Leaving Certificate Examination, 1903
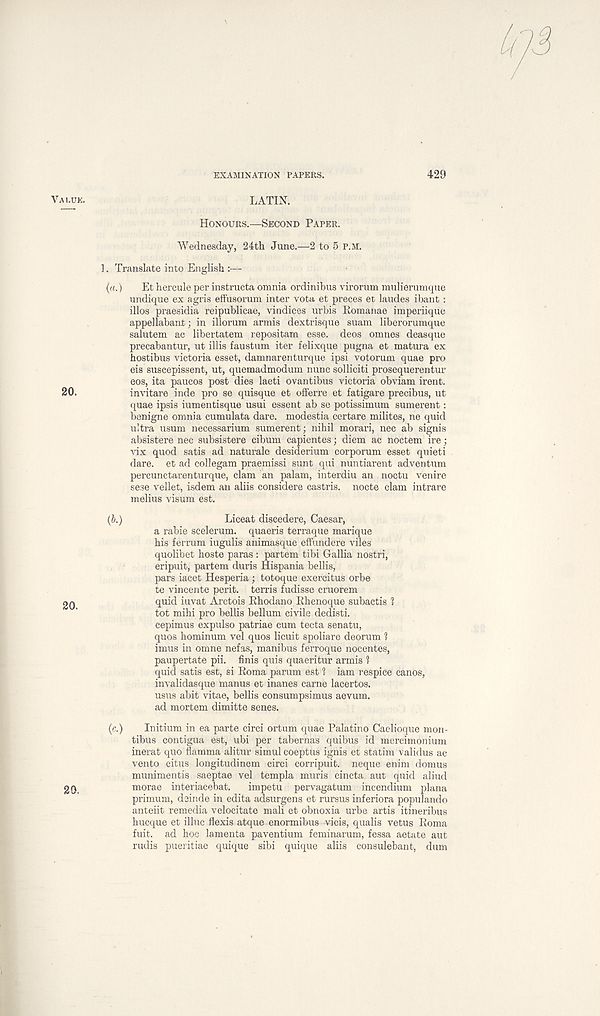
EXAMINATION PAPERS.
429
LATIN.
HONOURS.—SECOND PAPER.
Wednesday, 24th June.—2 to 5 P.M.
]. Translate into English :—
(a.)
Et hereule per instructa omnia ordinibus virorum mulierumque
undique ex agris effusorum inter vota et preces et laudes ibant :
illos praesidia reipublicae, vindices urbis Romanae imperiique
appellabant; in illorum armis dextrisque suam liberorumque
salutem ac libertatem repositam esse, deos omnes deasque
precabantur, ut illis faustum iter felixque pugna et matura ex
hostibus victoria esset, damnarenturque ipsi votorum quae pro
eis suscepissent, ut, quemadmodum nunc solliciti prosequerentur
eos, ita paucos post dies laeti ovantibus victoria obviam irent.
invitare inde pro se quisque et offerre et fatigare precibus, ut
quae ipsis iumentisque usui essent ab se potissimum sumerent:
benigne omnia cumulata dare, modestia certare milites, ne quid
ultra usum necessarium sumerent; nihil morari, nec ab signis
absistere nec subsistere cibum capientes; diem ac noctem ire;
vix quod satis ad naturale desiderium corporum esset quieti
dare, et ad collegam praemissi sunt qui nuntiarent adventum
percunctarenturque, clam an palam, interdiu an noctu venire
sese vellet, isdem an aliis considere castris. nocte clam intrare
melius visum est.
(b.)
Liceat discedere, Caesar,
a rabie scelerum. quaeris terraque marique
his ferrum iugulis animasque efFundere viles
quolibet hoste paras : partem tibi Gallia nostri,
eripuit, partem duris Hispania bellis,
pars iacet Hesperia; totoque exercitus orbe
te vincente perit. terris fudisse cruorem
quid iuvat Arctois Rhodano Rhenoque subactis 1
tot mihi pro bellis bellum civile dedisti.
cepimus expulso patriae cum tecta senatu,
quos hominum vel quos licuit spoliare deorum 1
imus in omne nefas, manibus ferroque nocentes,
paupertate pii. finis quis quaeritur armis 1
quid satis est, si Roma parum est 1 iam respice canos,
invalidasque manus et inanes carne lacertos.
usus abit vitae, bellis consumpsimus aevum.
ad mortem dimitte senes.
(c.)
Initium in ea parte circi ortum quae Palatine Caelioque mon-
tibus contigua est, ubi per tabernas quibus id mercimonium
inerat quo flamma alitur simul coeptus ignis et statim validus ac
vento citus longitudinem circi corripuit. neque enim domus
munimentis saeptae vel templa muris cincta aut quid aliud
morae interiacebat.
impetu pervagatum incendium plana
primum, deinde in edita adsurgens et rursus inferiora populando
anteiit remedia velocitate mali et obnoxia urbe artis itineribus
hucque et illuc flexis atque enormibus vicis, qualis vetus Roma
fuit. ad hoc lamenta paventium feminarum, fessa aetate aut
rudis pueritiae quique sibi quique aliis consulebant, dum